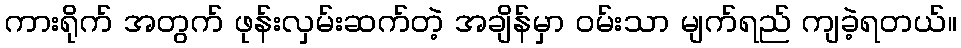
ကားရိုက် အတွက် ဖုန်းလှမ်းဆက်တဲ့ အချိန်မှာ ဝမ်းသာ မျက်ရည် ကျခဲ့ရတယ်။